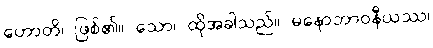
ဟောတိ၊ ဖြစ်၏။ သော၊ ထိုအခါသည်။ မနောဘာဝနီယဿ၊